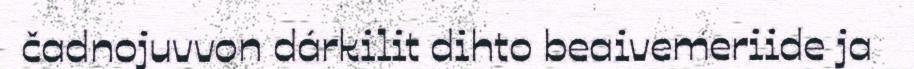
čadnojuvvon dárkilit dihto beaivemeriide ja